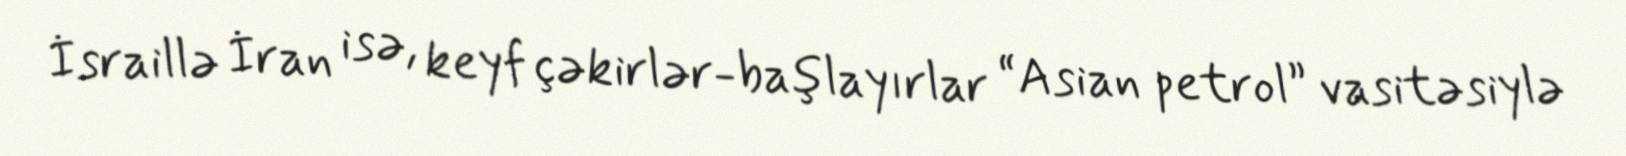
İsraillə İran isə, keyf çəkirlər-başlayırlar “Asian petrol” vasitəsiylə